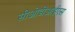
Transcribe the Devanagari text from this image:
सीओडीआईएस